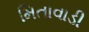
મિતાવાડી